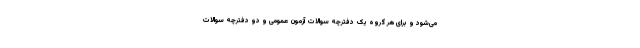
می‌شود و برای هر گروه یک دفترچه سوالات آزمون عمومی و دو دفترچه سوالات